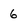
Character: 6